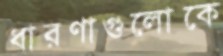
ধারণাগুলোকে